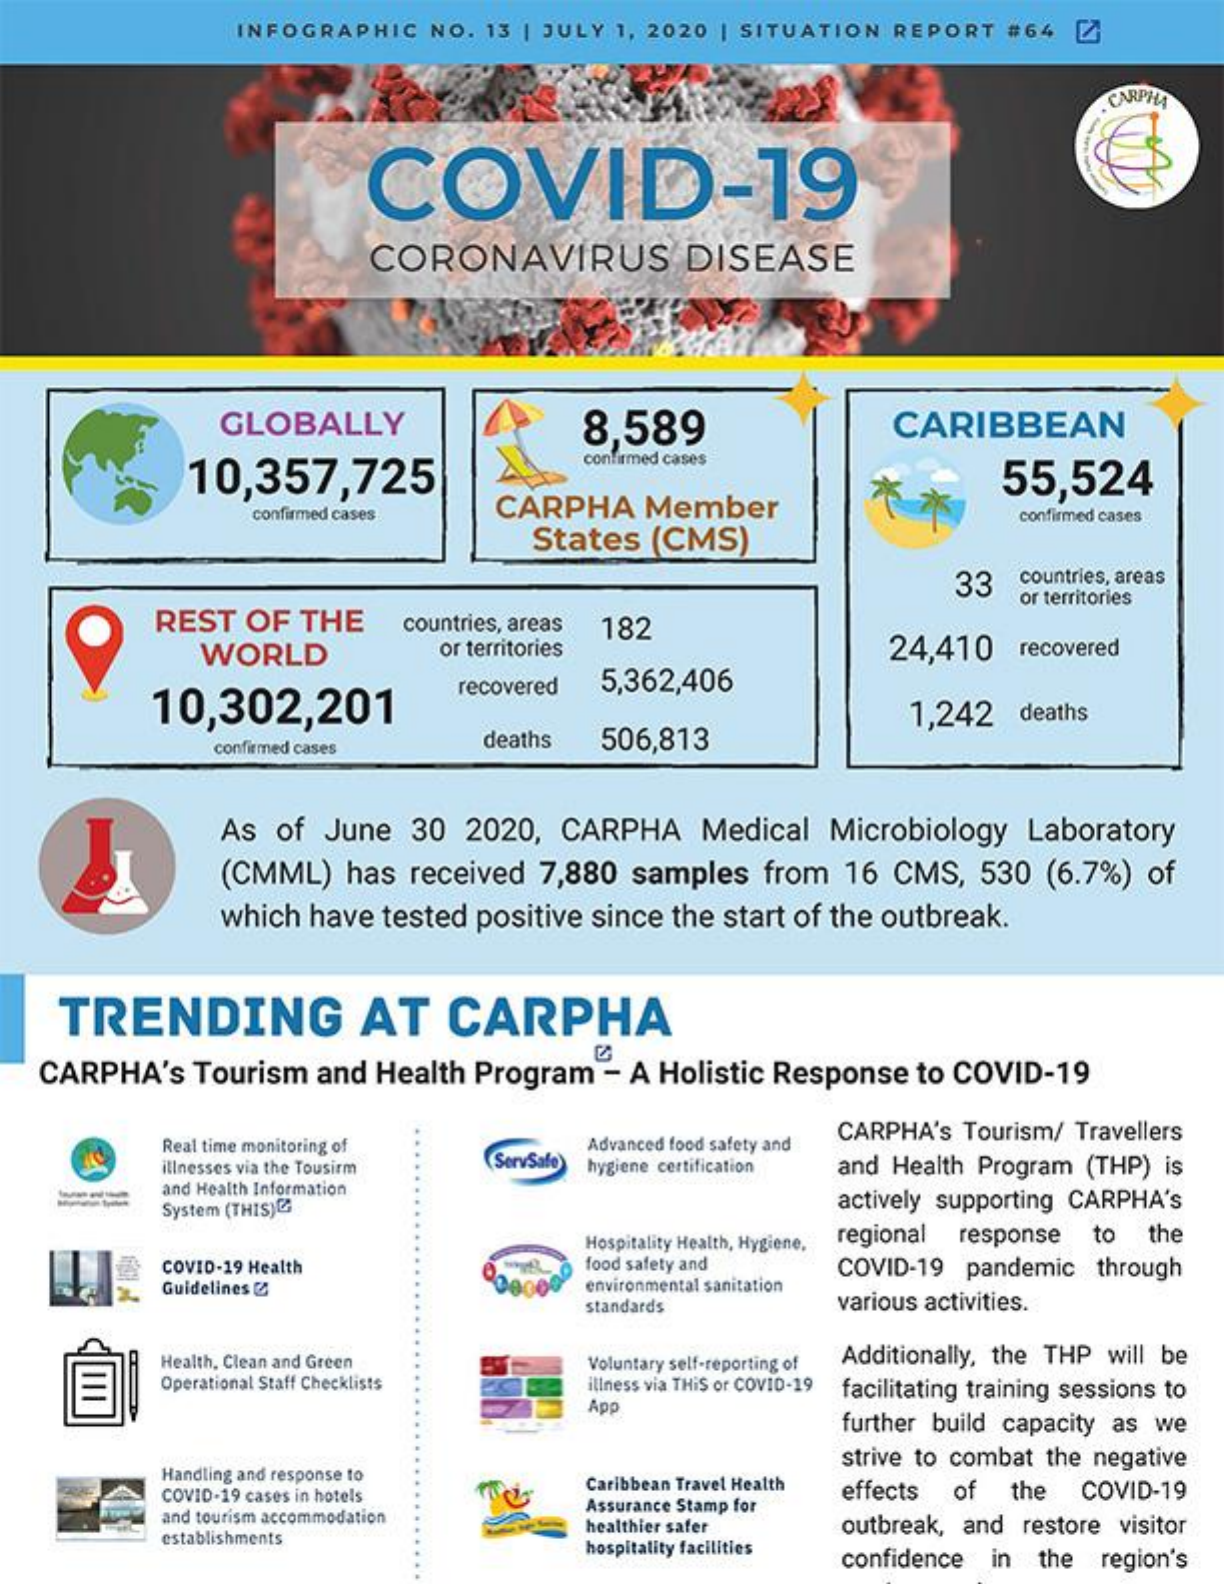
INFOGRAPHIC NO. 13 | JULY 1, 2020 | SITUATION REPORT #64 [Z
     COVID-19
     CORONAVIRUS    DISEASE
     GLOBALLY    8,589    CARIBBEAN
     10,357,725
     confirmed cases
     55,524
     confirmed cases CARPHA   Member
     States (CMS)
     confirmed cases
     33  countries, areas
     REST  OF THE
     or territories
     countries, areas
     WORLD
     182
     or territories    24,410  recovered
     10,302,201
     recovered 5,362,406
     deaths  506,813
     1,242  deaths
     confirmed cases
     As  of June 30  2020, CARPHA  Medical  Microbiology Laboratory
     (CMML)  has received 7,880 samples from 16 CMS, 530 (6.7%) of
     which have tested positive since the start of the outbreak.
    TRENDING    AT   CARPHA
   CARPHA's  Tourism and Health Program - A Holistic Response to COVID-19
     Real time monitoring of
     ServSafe)
     Advanced food safety and
     CARPHA's Tourism/ Travellers
     illnesses via the Tousirm   hygiene certification and Health Program (THP) is
     and Health Information
     System (THIS)    actively supporting CARPHA'S
     Hospitality Health, Hygiene. regional response to the
     COVID-19 Health    food safety and COVID-19 pandemic through
     Guidelines &    environmental sanitation
     standards    various activities.
     Health, Clean and Green
     Operational Staff Checklists
     Voluntary self-reporting of Additionally, the THP will be
     illness via THIS or COVID-19 facilitating training sessions to
     App
     further build capacity as we
     strive to combat the negative
     Handling and response to
     COVID-19 cases in hotels
     Caribbean Travel Health
     Assurance Stamp for
     effects of the COVID-19
     and tourism accommodation
     establishments
     healthier safer outbreak, and restore visitor
     hospitality facilities
     confidence in the region's